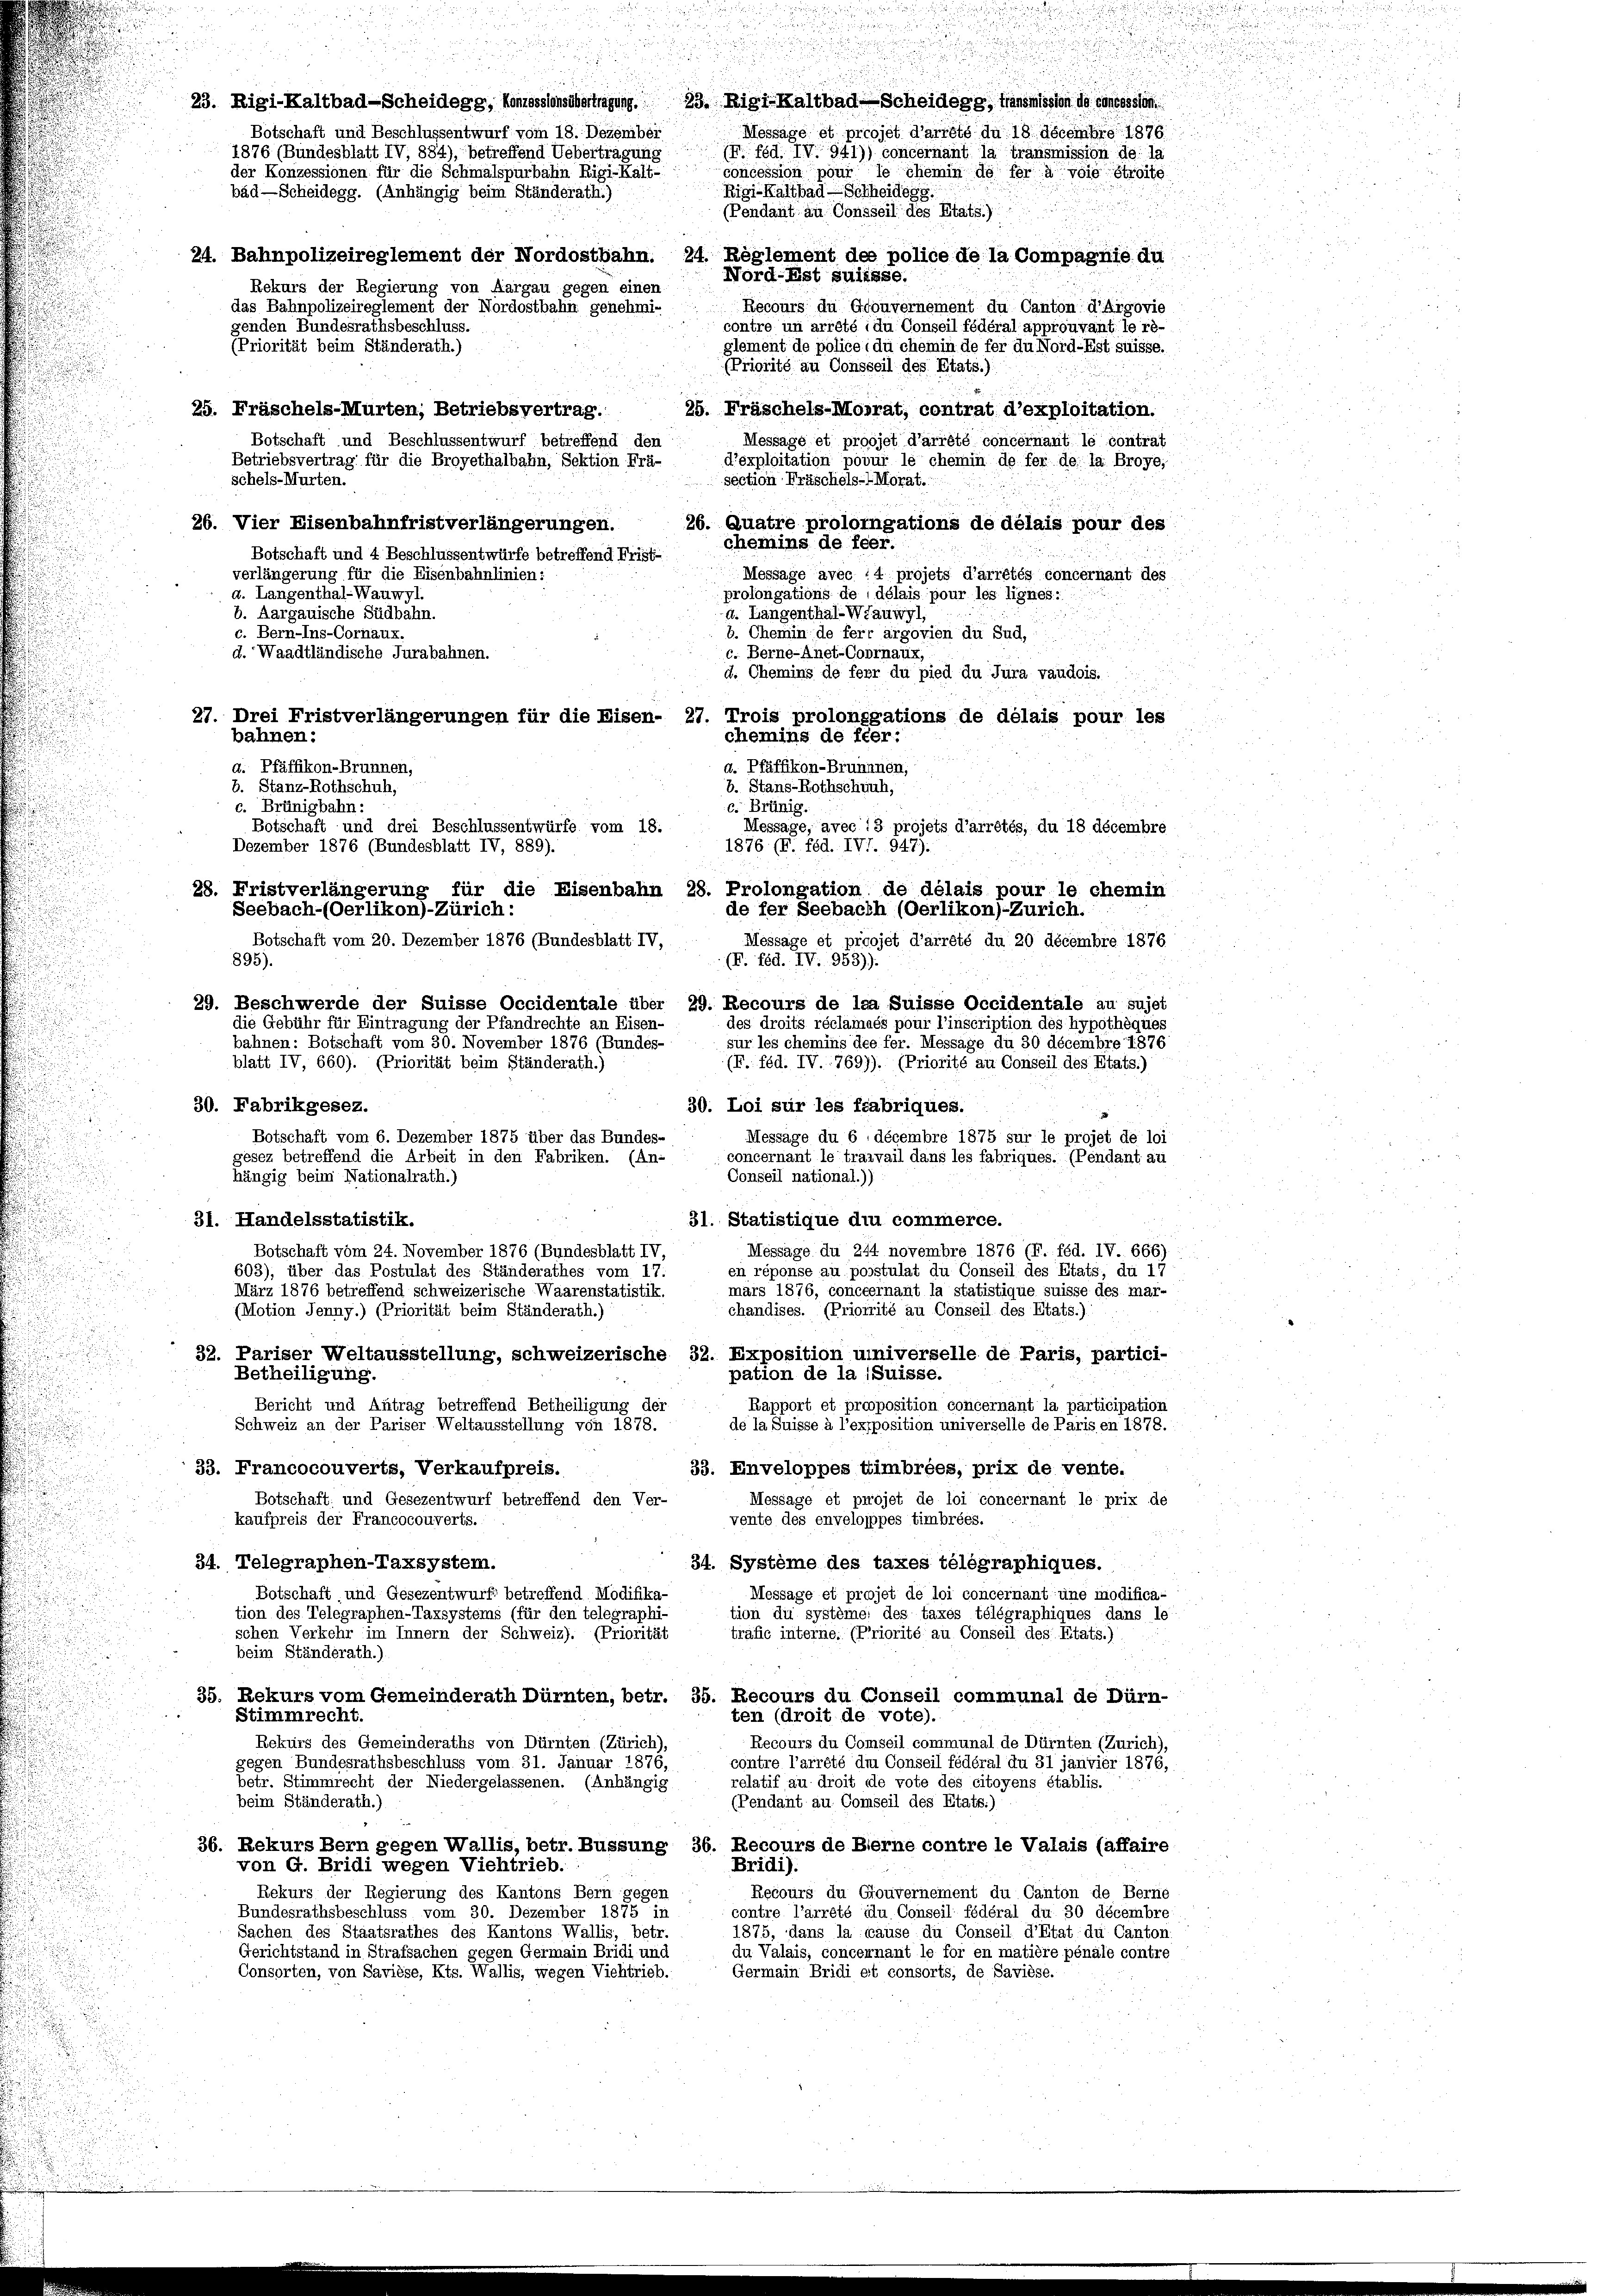
23. Rigi-Kaltbad-Scheidegg, Konossenscheinigung. 23. Rigi-Kaltbad-Scheidegg, Transmission de concession
Message et prcojet d’arrété du 18 decembro 1876
Botschaft und Beschlussentwurf vom 18. Dezember
(F féd. IV. 941)) concernant la transmission de la
1876 (Bundesblatt IV, 884), betreffend Uebertragung
der Konzessionen für die Schmalspürbahn Rigi-Kalt-
concession pour le chemin de sera voie Streite
Rigi-Kaltbad Scheidegg.
bäd-Scheidegg. (Anhängig beim Ständerath.)
Pendant au Consseil des Etats.)
24. Bahnpolizeireglement der Nordostbahn. 24. Reglement des police de la Compagnie di
Nord-Eist suisse.
Rekurs der Regierung von Aargau gegen einen
das Bahnpolizeireglement der Nordostbahn genehmi-
Recours du Gouvernement du Canton d’Argovie
genden Bundesrathsbeschluss.
contre un arrêté du Conseil fédéral approuvant le ré-
glement de police : du chemin de fer du Nord-Est süsse.
(Priorität beim Ständerath.)
(Priorité au Consseil des Etats.)
25. Fräschels-Morrat, contrat d’exploitation.
25. Fräschels-Mürten; Betriebsvertrag.
Botschaft und Beschlussentwurf betreffend den
Message et proojet d’arrêté concernant le contrat
d’exploitation pour le chemin de fer de la Broye,
Betriebsvertrag für die Broyethalbahn, Sektion Frä-
schels-Murten.
section Fräschels- 1. Morat.
26. Vier Eisenbahnfristverlängerungen.
26. Quatre prolongations de délais pour des
chemins de feer.
Botschaft und 4 Beschlussentwürfe betreffend Frist-
verlängerung für die Eisenbahnlinien:
Message avec 4 projets d’arrêtés concernant des
d. Langenthal-Wauwyl.
prolongations de délais pour les lignes:
a. Längenthal-Weauwyl,
b. Aargauische Südbahn.
c. Bern-Ins-Cornaux.
b. Cheminde fert argovien die Sud,
c. Berne-Anet-Coornaux,
d. Waadtländische Jurabahnen.
d. Chemins de feur du pied du Jura vaudois.
27. Drei Fristverlängerungen für die Eisen- 27. Trois prolonsgations de délais pour les
chemins de féer:
a. Pfäffikon-Brunnnen,
d. Pfäffikon-Brunnen,
b. Stanz-Rothschuh,
8. Stans-Rothschuuh,
c. Brünigbahn:
c. Brünig.
Botschaft und drei Beschlussentwürfe vom 18.
Message, avec 13 projets d’arrêtés, du 18 décembre
Dezember 1876 (Bundesblatt IV, 889).
1876 (F. féd. IVI. 947).
28. Fristverlängerung für die Eisenbahn 28. Prolongation de délais pour le chemin
Seebach-(Oerlikon)-Zürich:
de fer Seebach (Oerlikon)-Zürich.
Botschaft vom 20. Dezember 1876 (Bundesblatt IV,
Message et proojet d’arrêté du 20 décembre 1876
(F. féd. IV. 953).
895).
29. Beschwerde der Suisse Occidentale über 29. Recours de la Suisse Occidentale au sujet
des droits réclamnés pour l’inscription des hypothèques
sur les chemins dee fer. Message du 30 décembre 1876
(F. féd. IV 769)). (Priorité au Conseil des Etats.)
30. Loi sur les fabriques.
Botschaft vom 6. Dezember 1875 über das Bundes-
Message du 6 décembre 1875 sur le projet de loi
gesez betreffend die Arbeit in den Fabriken. (An-
concernant le travail dans les fabriques. (Pendant au
Conseil national.))
hängig beim Nationalrath.)
31. Handelsstatistik.
31. Statistique die commerce.
Botschaft vom 24. November 1876 (Bundesblatt IV,
Méssage du 274 novembre 1876 (F. féd. IV. 666)
603), über das Postulat des Ständerathes vom 17.
en réponse au postulat du Conseil des Etats, du 17
märs 1876, concernant la statistique suisse des mar-
März 1876 betreffend schweizerische Waarenstatistik.
chandises. (Priorité au Conseil des Etats.)
(Motion Jenny.) (Priorität beim Ständerath.)
32. Pariser Weltausstellung, schweizerische 32. Exposition universelle de Paris, partici-
Betheiligung.
pation de la Suisse.
Bericht und Antrag betreffend Betheiligung der
Rapport et proposition concernant la participation
Schweiz an der Pariser Weltausstellung von 1878.
de la Suisse à l’exposition universelle de Paris en 1878.
33. Francocouverts, Verkaufpreis.
33. Enveloppes timbrées, prix de vente.
Botschaft und Gesezentwurf betreffend den Ver-
Message et projet de loi concernant le prix de
kaufpreis der Francocouverts.
vente des envelojppes timbrées.
34. Telegraphen-Taxsystem.
34. Système des taxes télégraphiques.
Botschaft, und Gesezentwurf betreffend Modifika-
Message et projet de loi concernant une modifica-
tion du systèmei des taxes télégraphiques dans le
tion des Telegraphen-Taxsystems (für den telegraphi-
schen Verkehr im Innern der Schweiz). (Priorität
trafie interne. (Priorité au Conseil des Etats.)
beim Ständerath.).
35. Rekurs vom Gemeinderath Dürnten, betr. 35. Recours du Conseil communal de Dürn-
Stimmrecht.
ten (droit de vote).
Rekurs des Gemeinderaths von Dürnten (Zürich),
Recours du Comseil communal de Dürnten (Zürich),
gegen Bundesrathsbeschluss vom 31. Januar 1876,
contre l’arrété die Conseil fédéral du 31 janvier 1876,
relatif au droit de vote des citoyens établis.
betr. Stimmrecht der Niedergelassenen. (Anhängig
beim Ständerath.)
(Pendant au Comseil des Etats.)
36. Rekurs Bern gegen Wallis, betr. Bussung 36. Recours de Berne contre le Valais (affaire
von G. Bridi wegen Viehtrieb.
Bridi),
Rekurs der Regierung des Kantons Bern gegen
Recours du Gouvernement du Canton de Berne
contre l’arrêté du Conseil fédéral du 30 décembre
Bundesrathsbeschluss vom 30. Dezember 1875 in
1875, dans la cause du Conseil d’Etat du Canton.
Sachen des Staatsrathes des Kantons Wallis, betr.
du Valais, concernant le for en matière pénale contre
Gerichtstand in Strafsachen gegen Germain Bridi und
Consorten, von Savièse, Kts. Wallis, wegen Viehtrieb.
Germain Bridi et consorts, de Savièse.

a

bahnen:

die Gebühr für Eintragung der Pfandrechte an Eisen-
bahnen: Botschaft vom 30. November 1876 (Bundes-
blatt IV, 660). (Priorität beim Ständerath.)
30. Fabrikgesez.

n